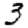
Digit: 3